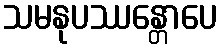
သမနုပဿန္တောပေ